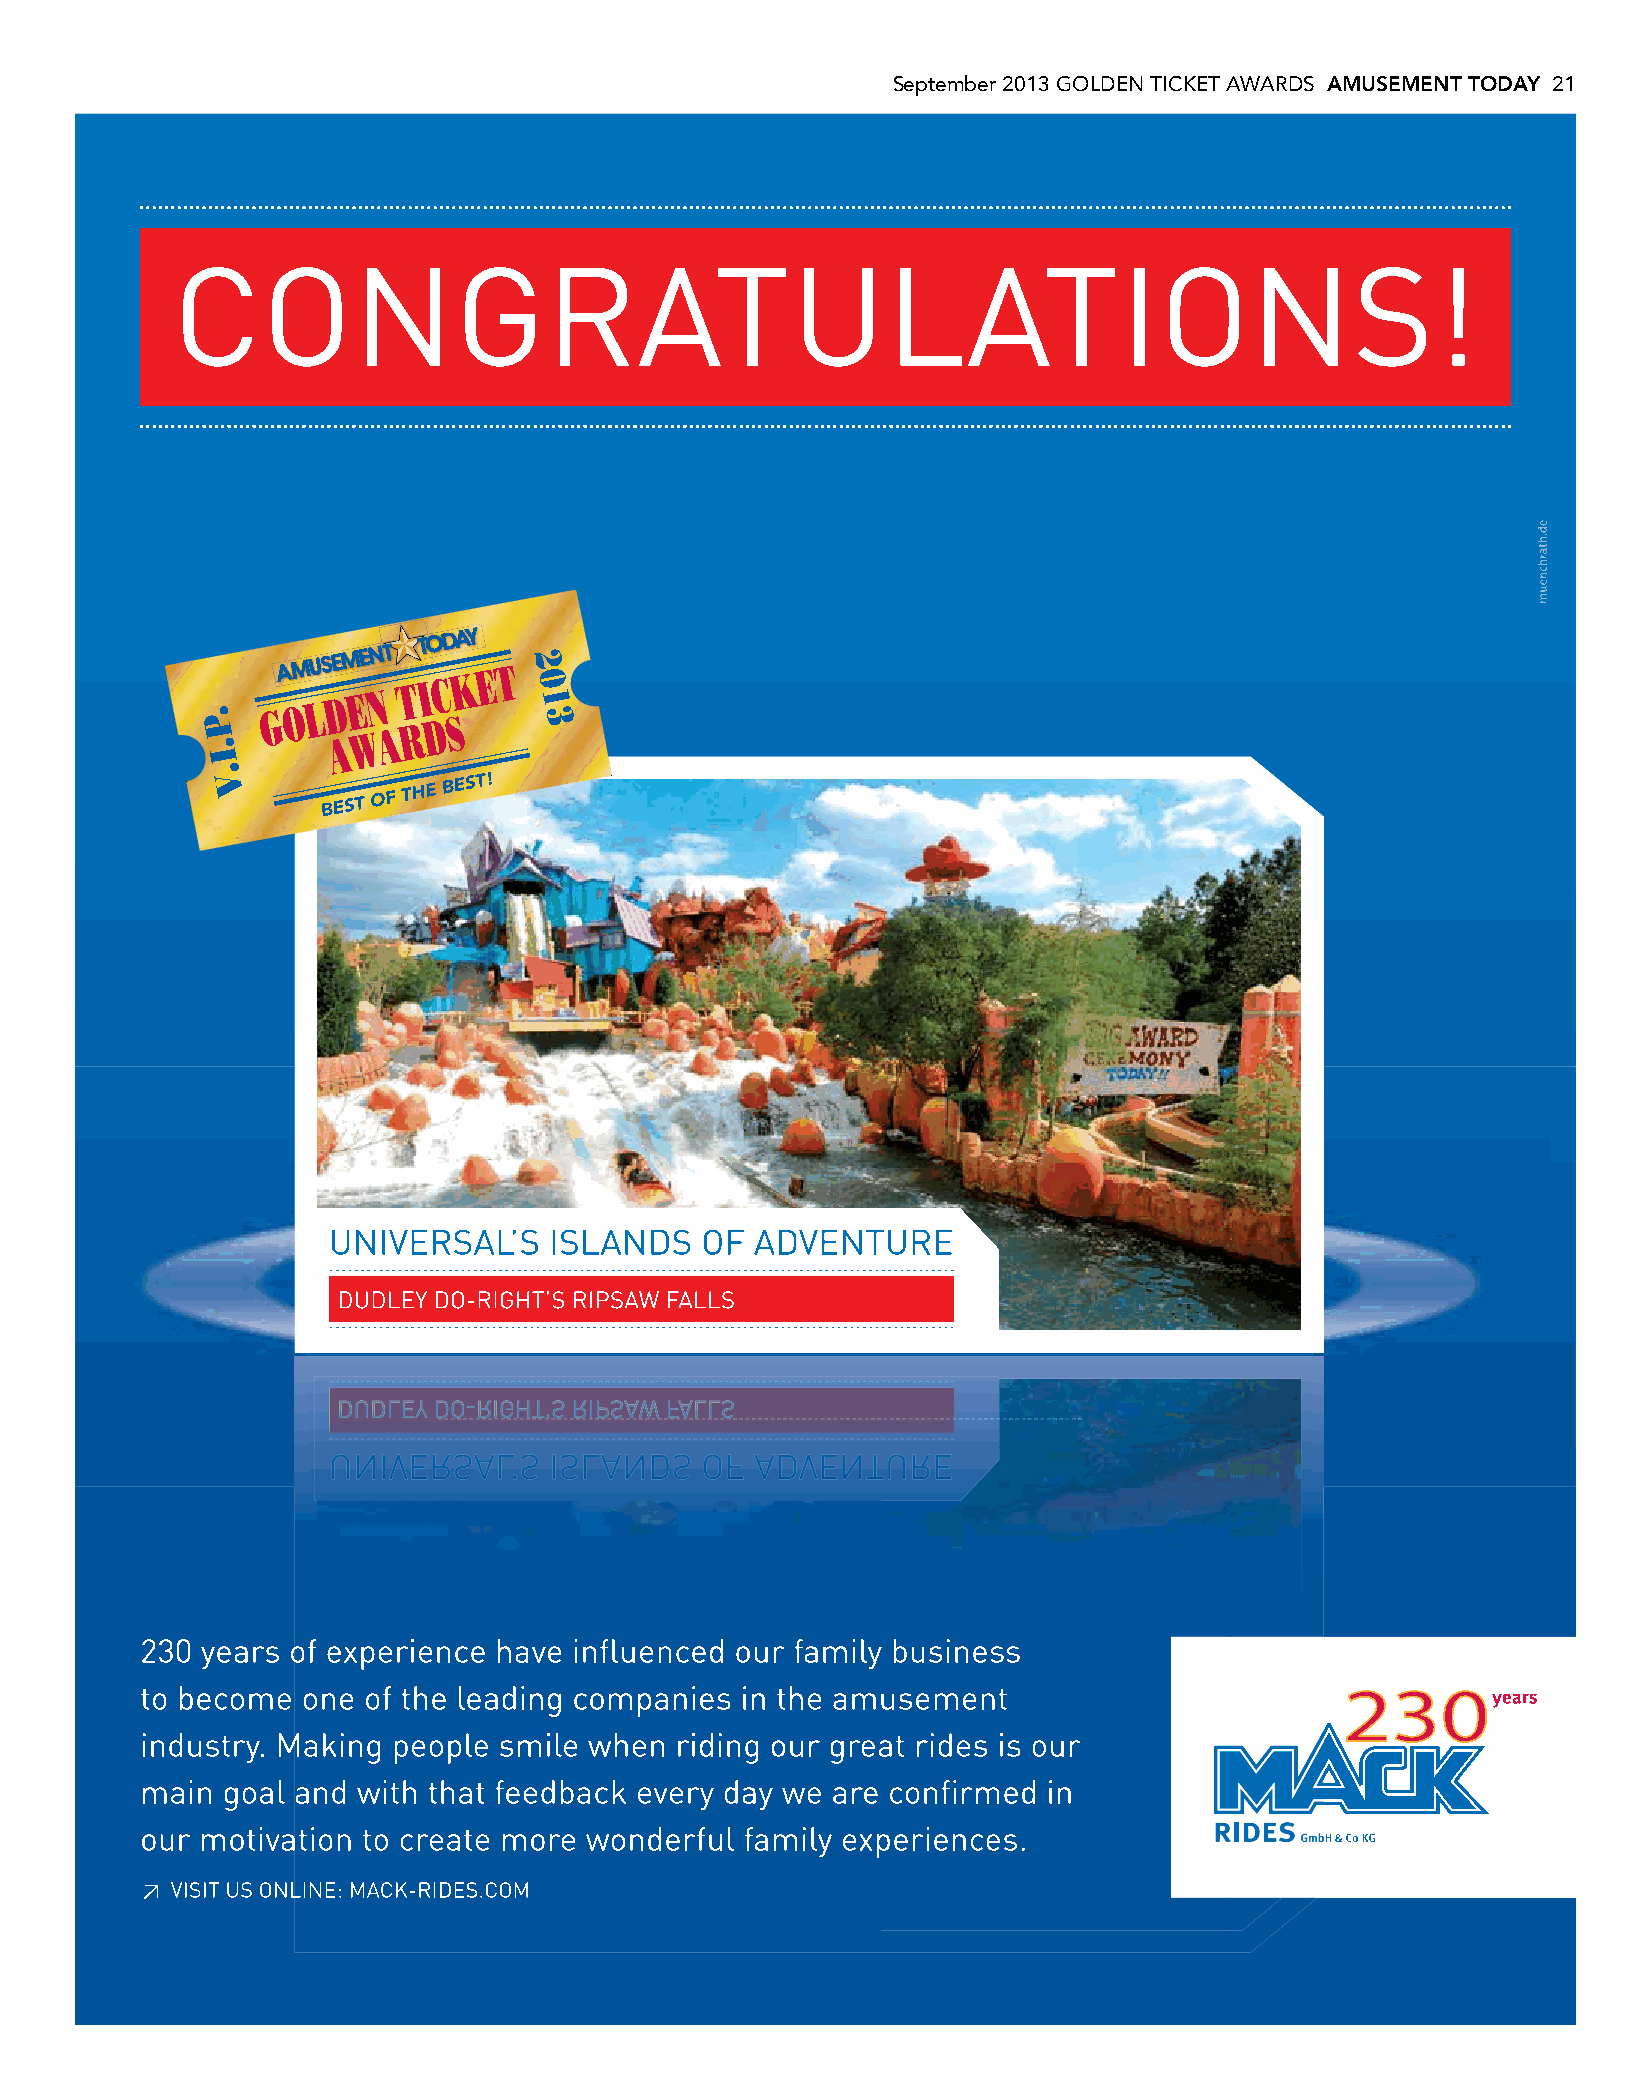
September 2013 GOLDEN TICKET AWARDS AMUSEMENT TODAY 21
 rz_MR-13-0232_Amusement_Today_Golden_Ticket_Award_10x13inch.indd 1                          22.08.13 16:55
 ed.htarhcneum